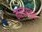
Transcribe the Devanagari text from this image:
नलधावन